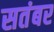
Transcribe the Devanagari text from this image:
सतंबर